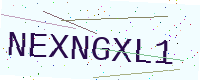
Text: NEXNGXL1